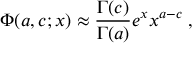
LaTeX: \Phi ( a , c ; x ) \approx { \frac { { \Gamma ( c ) } } { \Gamma ( a ) } } e ^ { x } x ^ { a - c } \; , \;